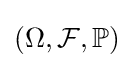
(\Omega ,{\mathcal {F}},\mathbb {P} )